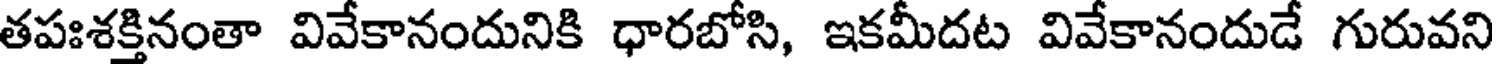
తపఃశక్తినంతా వివేకానందునికి ధారబోసి, ఇకమీదట వివేకానందుడే గురువని